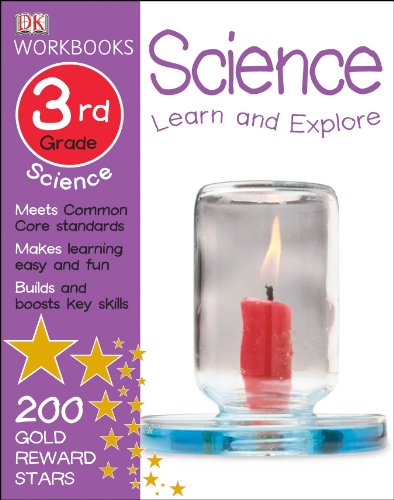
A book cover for DK Workbooks: Science, Third Grade; DK Publishing; Children's Books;